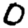
Digit: 0